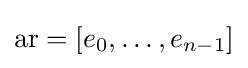
\mathrm {ar} =[e_{0},\dots ,e_{n-1}]